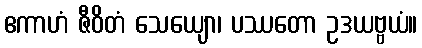
ဧကာဟံ ဇီဝိတံ သေယျော၊ ပဿတော ဥဒယဗ္ဗယံ။